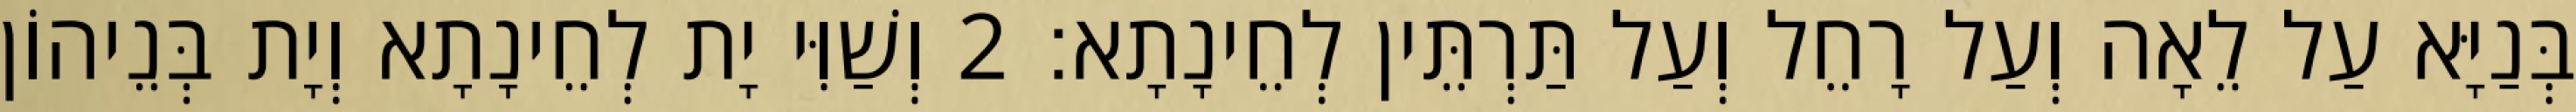
בְּנַיָּא עַל לֵאָה וְעַל רָחֵל וְעַל תַּרְתֵּין לְחֵינָתָא׃ 2 וְשַׁוִּי יָת לְחֵינָתָא וְיָת בְּנֵיהוֹן